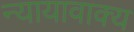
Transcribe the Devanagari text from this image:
न्यायावाक्य